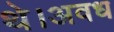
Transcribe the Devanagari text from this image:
थे।अवध